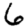
Digit: 6